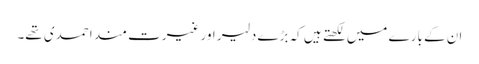
ان کے بارے میں لکھتے ہیں کہ بڑے دلیر اور غیرت مند احمدی تھے۔